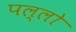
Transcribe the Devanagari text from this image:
पल्लो